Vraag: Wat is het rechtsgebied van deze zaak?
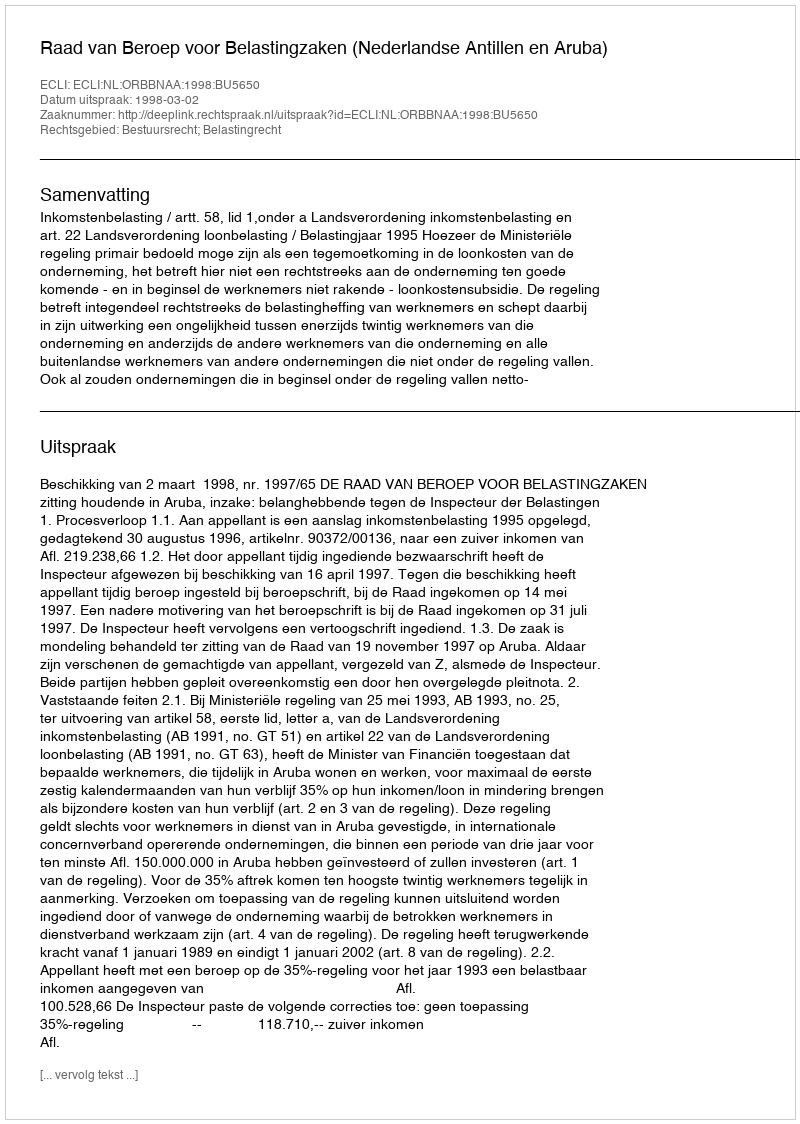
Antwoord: Bestuursrecht; Belastingrecht